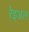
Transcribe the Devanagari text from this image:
रेइअल